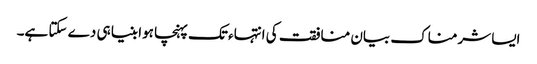
ایسا شرمناک بیان منافقت کی انتہاء تک پہنچا ہوا بنیا ہی دے سکتا ہے۔